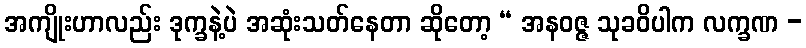
အကျိုးဟာလည်း ဒုက္ခနဲ့ပဲ အဆုံးသတ်နေတာ ဆိုတော့ “ အနဝဇ္ဇ သုခဝိပါက လက္ခဏ -